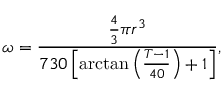
\omega = \frac { { \frac { 4 } { 3 } \pi { r ^ { 3 } } } } { { 7 3 0 \left[ { \arctan \left( { \frac { { T - 1 } } { { 4 0 } } } \right) + 1 } \right] } } ,